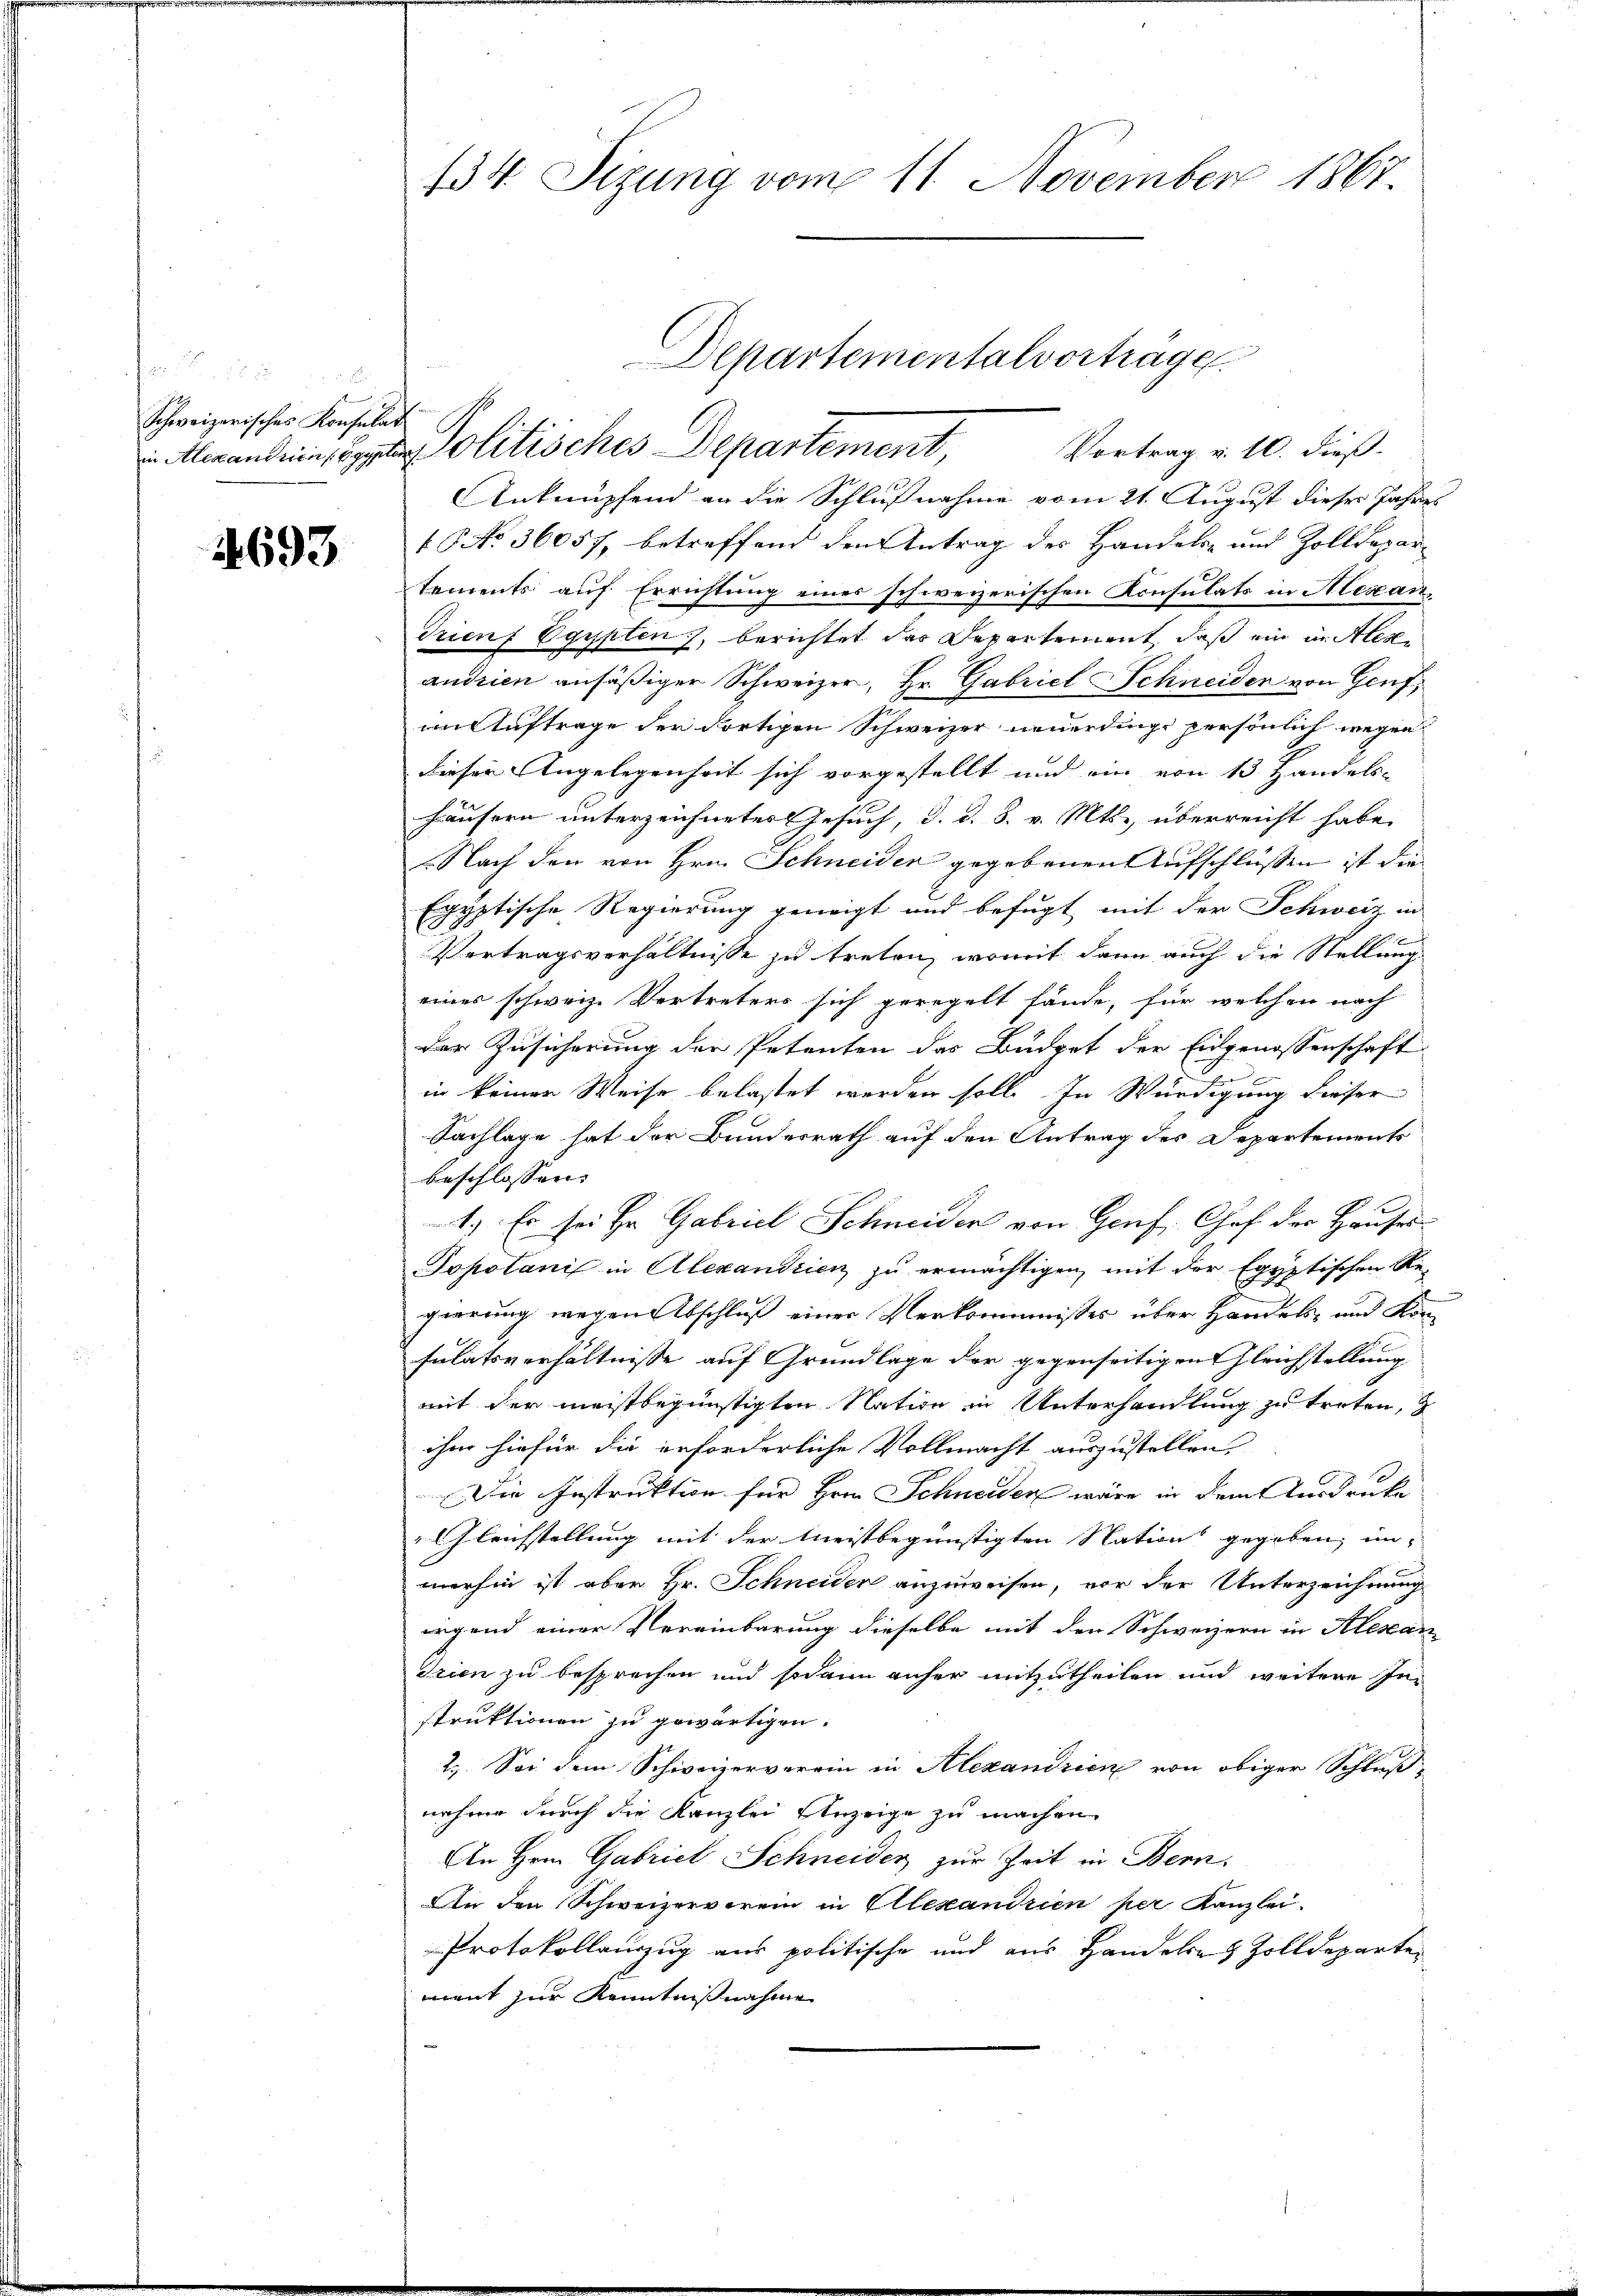
Schweizerisches Konsulat
in Alexandrien (Egypte

4693

134. Sizung vom 11. November 1867.

Anknüpfend an die Schlußnahme vom 21. August dieser Jahres
f No 36057, betreffend den Antrag des Handels- und Zolldepar
tements auf Errichtung eines schweizerischen Konsulats in Alexan
Trienf Egypten, berichtet das Departement, daß ein in Alex
andrien ansäßiger Schweizer, Hr. Gabriel Schneiden von Genf,
an Auftrage der dortigen Schweizer neuerding persönlich wegen
Dieser Angelegenheit sich vorgestellt und ein von 13. Handels-
Häusern unterzeichneter Gesuch, d. d. 8. v. Mts. überreicht habe,
Nach den von Hrn. Schneider gegebenen Aufschlüssen ist die
Egyptische Regierung geneigt und befugt, mit der Schweiz in
Vertragsverhältnisse zu treten, womit dann auch die Stellung
eines schweiz. Vertreters sich geregelt fände, für welchen nach
der Zusicherung der Petenten das Büdget der Eidgenossenschaft
s
in keiner Weise belastet werden soll. In Würdigung dieser
Sachlage hat der Bundesrath auf den Antrag des Departements
beschlossen:
1). Es sei Hr. Gabriel Schneider von Genf, Chef der Hauses
Sopotani in Alexandrien zu ermächtigen, mit der Egyptischen Re-
gierung wegen Abschluß einer Verkommnisses über Handels- und Kan
sulatsverhältnisse auf Grundlage der gegenseitigen Gleichstellung
mit der meistbegünstigten Nation in Unterhandlung zu treten,
ihm hiefür die erforderliche Vollmacht auszustellen.
Die Instruktion für Hrrn Schneiden wäre in dem Verdrucke
Gleichstellung mit der Meistbegünstigten Nation gegeben, un-
merhin ist aber Hr. Schneiden anzuweisen, vor der Unterzeichnung
irgend einer Vereinbarung dieselbe mit den Schweizern in Alexan
drien zu besprechen und sodann anher mitzutheilen und weitere Instruktionen zu gewärtigen.
2.) Sei dem Schweizerverein in Alexandrien von obiger Schluß
nehme durch die Kanzlei Anzeige zu machen
An Hrn. Gabriel Schneider zur Zeit in Bern.
An den Schweizerverein in Olexandrien per Kanzlei.
Protokollanzug aus politische und aus Handelns Zolldeparte
ment zur Kenntnisnahme

Departementalvertrage
Politisches Departement,
Vortrag v. 10. dieß.